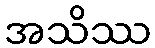
အသိဿ